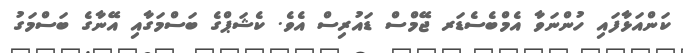
ކަންއަޅާފައި ހުންނަވާ އެމްބެސެޑަރ ޖޭމްސް ޑައުރިސް އެވެ. ކެޝަޕްގެ ބަސްމަގާއި އޭނާގެ ބަސްމަގު